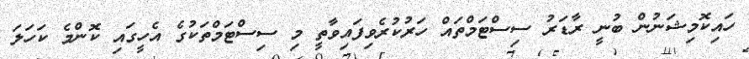
ހައިކޮމިޝަނުން ބުނީ ރާޑަރު ސިސްޓަމްތައް ހަރުކުރެވިފައިވާތީ މި ސިސްޓަމްތަކުގެ އެހީގައި ކޮންމެ ކަހަލަ